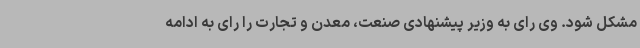
مشکل شود. وی رای به وزیر پیشنهادی صنعت، معدن و تجارت را رای به ادامه